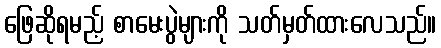
ဖြေဆိုရမည့် စာမေးပွဲများကို သတ်မှတ်ထားလေသည်။